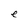
Character: e